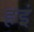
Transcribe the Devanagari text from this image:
हइं